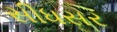
સીધસર